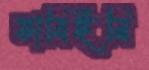
ভাবিইনি